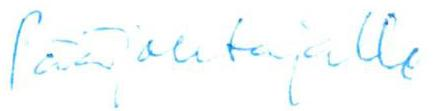
Pääjohtajalle